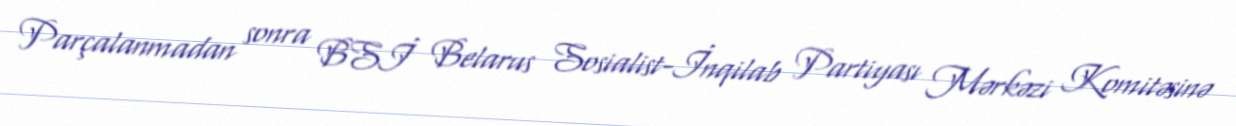
Parçalanmadan sonra BSİ Belarus Sosialist-İnqilab Partiyası Mərkəzi Komitəsinə